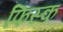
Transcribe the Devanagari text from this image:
फिस्‍क